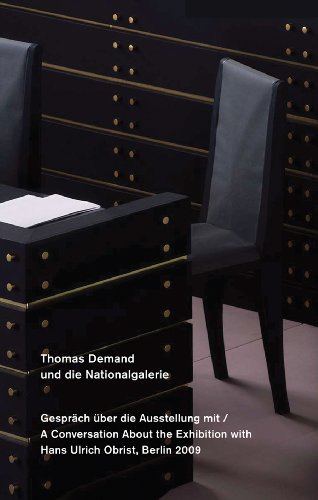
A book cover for Thomas Demand und die Nationalgalerie; Arts & Photography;